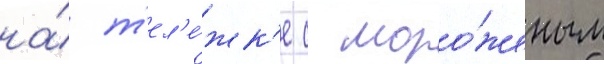
на́ т'ел'е́жк'е с моро́женым